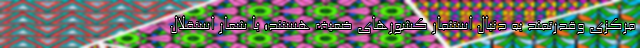
مركزي وقدرتمند به دنبال استثمار كشورهاي ضعيف هستند؛ با شعار استقلال